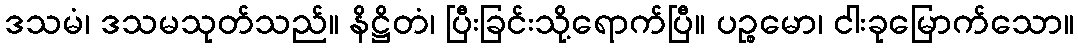
ဒသမံ၊ ဒသမသုတ်သည်။ နိဋ္ဌိတံ၊ ပြီးခြင်းသို့ရောက်ပြီ။ ပဉ္စမော၊ ငါးခုမြောက်သော။